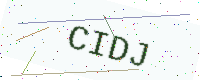
Text: CIDJ